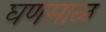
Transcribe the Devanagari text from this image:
घणसाळ